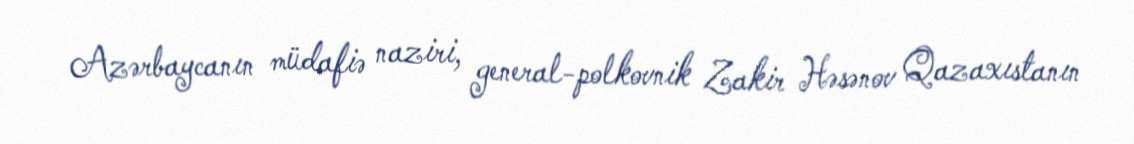
Azərbaycanın müdafiə naziri, general-polkovnik Zakir Həsənov Qazaxıstanın